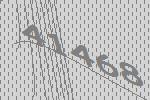
41468